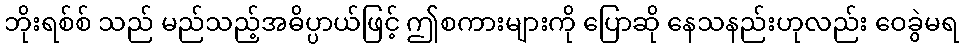
ဘိုးရစ်စ် သည် မည်သည့်အဓိပ္ပာယ်ဖြင့် ဤစကားများကို ပြောဆို နေသနည်းဟုလည်း ဝေခွဲမရ